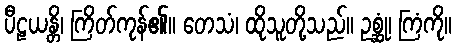
ပီဠယန္တိ၊ ကြိတ်ကုန်၏။ တေသံ၊ ထိုသူတို့သည်။ ဥစ္ဆုံ၊ ကြံကို။